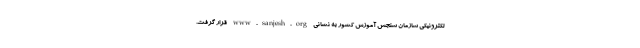
لکترونیکی سازمان سنجش آموزش کشور به نشانی www.sanjesh.org قرار گرفت.